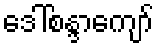
ဒေါ်စန္ဒာကျော်